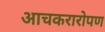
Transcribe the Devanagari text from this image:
आचकरारोपण